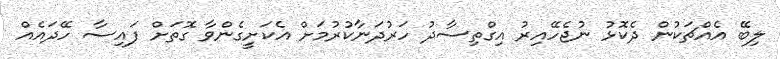
ލިބޭ އެއްޗަކުން ދެކޮޅު ނުޖެހޭއިރު އިގްތިސާދު ހަރުދަނާކުރުމަށް އެކަށީގެންވާ ގޮތަށް ފައިސާ ހޭދައެއް